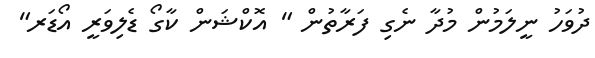
ދުވަހު ނީލަމުން މުދާ ނެގި ފަރާތުން " އޮކްޝަން ކާގޯ ޑެލިވަރީ އޯޑަރ"